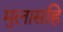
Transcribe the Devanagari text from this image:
मुलासहि